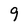
Character: 9